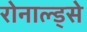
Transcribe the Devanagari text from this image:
रोनाल्ड्से